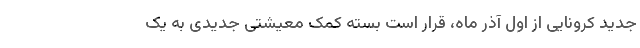
جدید کرونایی از اول آذر ماه، قرار است بسته کمک معیشتی جدیدی به یک